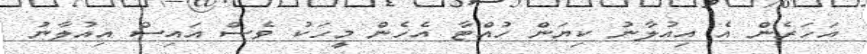
އަހަރެން އެ އިއުލާނު ކިޔަން ހުއްޓާ އެހެން މީހަކު ވެސް އައިސް އިއުލާނު